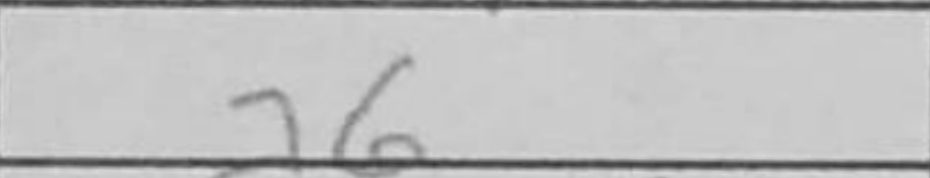
Transcription: a6